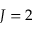
J = 2